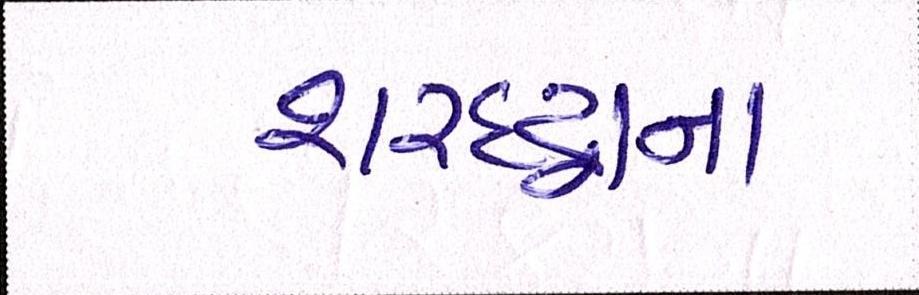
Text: શરદ્વાન